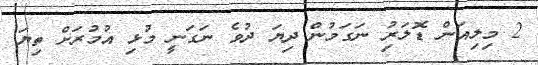
2 މިލިއަން ޑޮލަރުި ނަގަމުން ދިޔަ ދުވެ ނަގަނީ މުޅި އުމުރަށް ތިޔަ